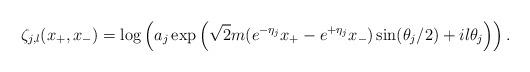
LaTeX: \begin{align*}\zeta_{j,l}(x_{+},x_{-})=\log\left(a_{j}\exp\left(\sqrt{2}m(e\sp{-\eta_{j}}x_{+}-e\sp{+\eta_{j}}x_{-})\sin(\theta_{j}/2)+il\theta_{j}\right) \right).\end{align*}